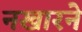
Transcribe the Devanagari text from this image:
नखारने